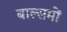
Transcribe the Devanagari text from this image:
बाल्समों